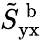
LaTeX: \tilde{S}_{\textup{yx}}^{\mathrm{~b~}}